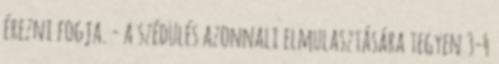
érezni fogja. - a szédülés azonnali elmulasztására tegyen 3-4